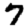
Digit: 7